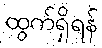
ထွက်ရှိရန်